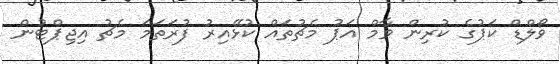
ވޯލްޑް ކަޕުގެ ކުރިން ވާމް އަޕު މެޗުތައް ކުޅޭއިރު ފުރަތަމަ މެޗު އިޖިޕްޓުން